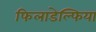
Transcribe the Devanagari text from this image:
फिलाडेल्‍फिया